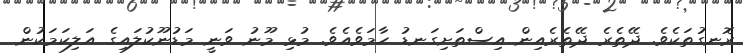
ރޮނގުތަކެވެ. ދޭތެރެ ދޭތެރެއިން އިސްތަށިގަނޑު ހާމަވެއެވެ. މުޅި މޫނު ވަނީ މަޑުނޫކުލައިގެ އަލިކަމަކުން